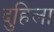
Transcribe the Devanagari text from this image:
दुहिला